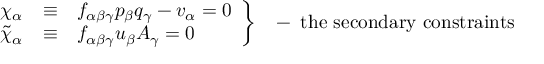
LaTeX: \left. \begin{array} { c c l } { { \chi _ { \alpha } } } & { { \equiv } } & { { f _ { \alpha \beta \gamma } p _ { \beta } q _ { \gamma } - v _ { \alpha } = 0 } } \\ { { \tilde { \chi } _ { \alpha } } } & { { \equiv } } & { { f _ { \alpha \beta \gamma } u _ { \beta } A _ { \gamma } = 0 } } \end{array} \right\} \; \; \; - \; \mathrm { t h e ~ s e c o n d a r y ~ c o n s t r a i n t s }